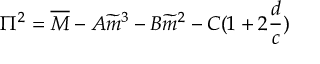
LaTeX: \Pi ^ { 2 } = \overline { { { M } } } - A \widetilde { m } ^ { 3 } - B \widetilde { m } ^ { 2 } - C ( 1 + 2 \frac { d } { c } )